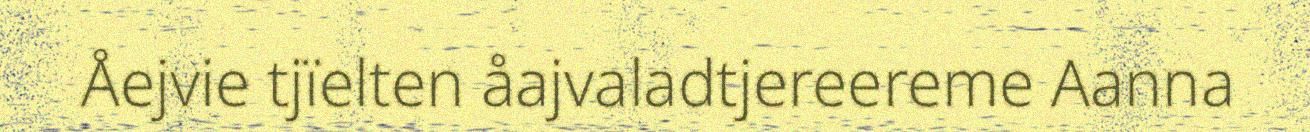
Åejvie tjïelten åajvaladtjereereme Aanna